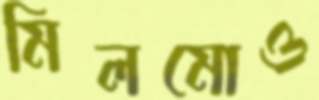
মিলমোও